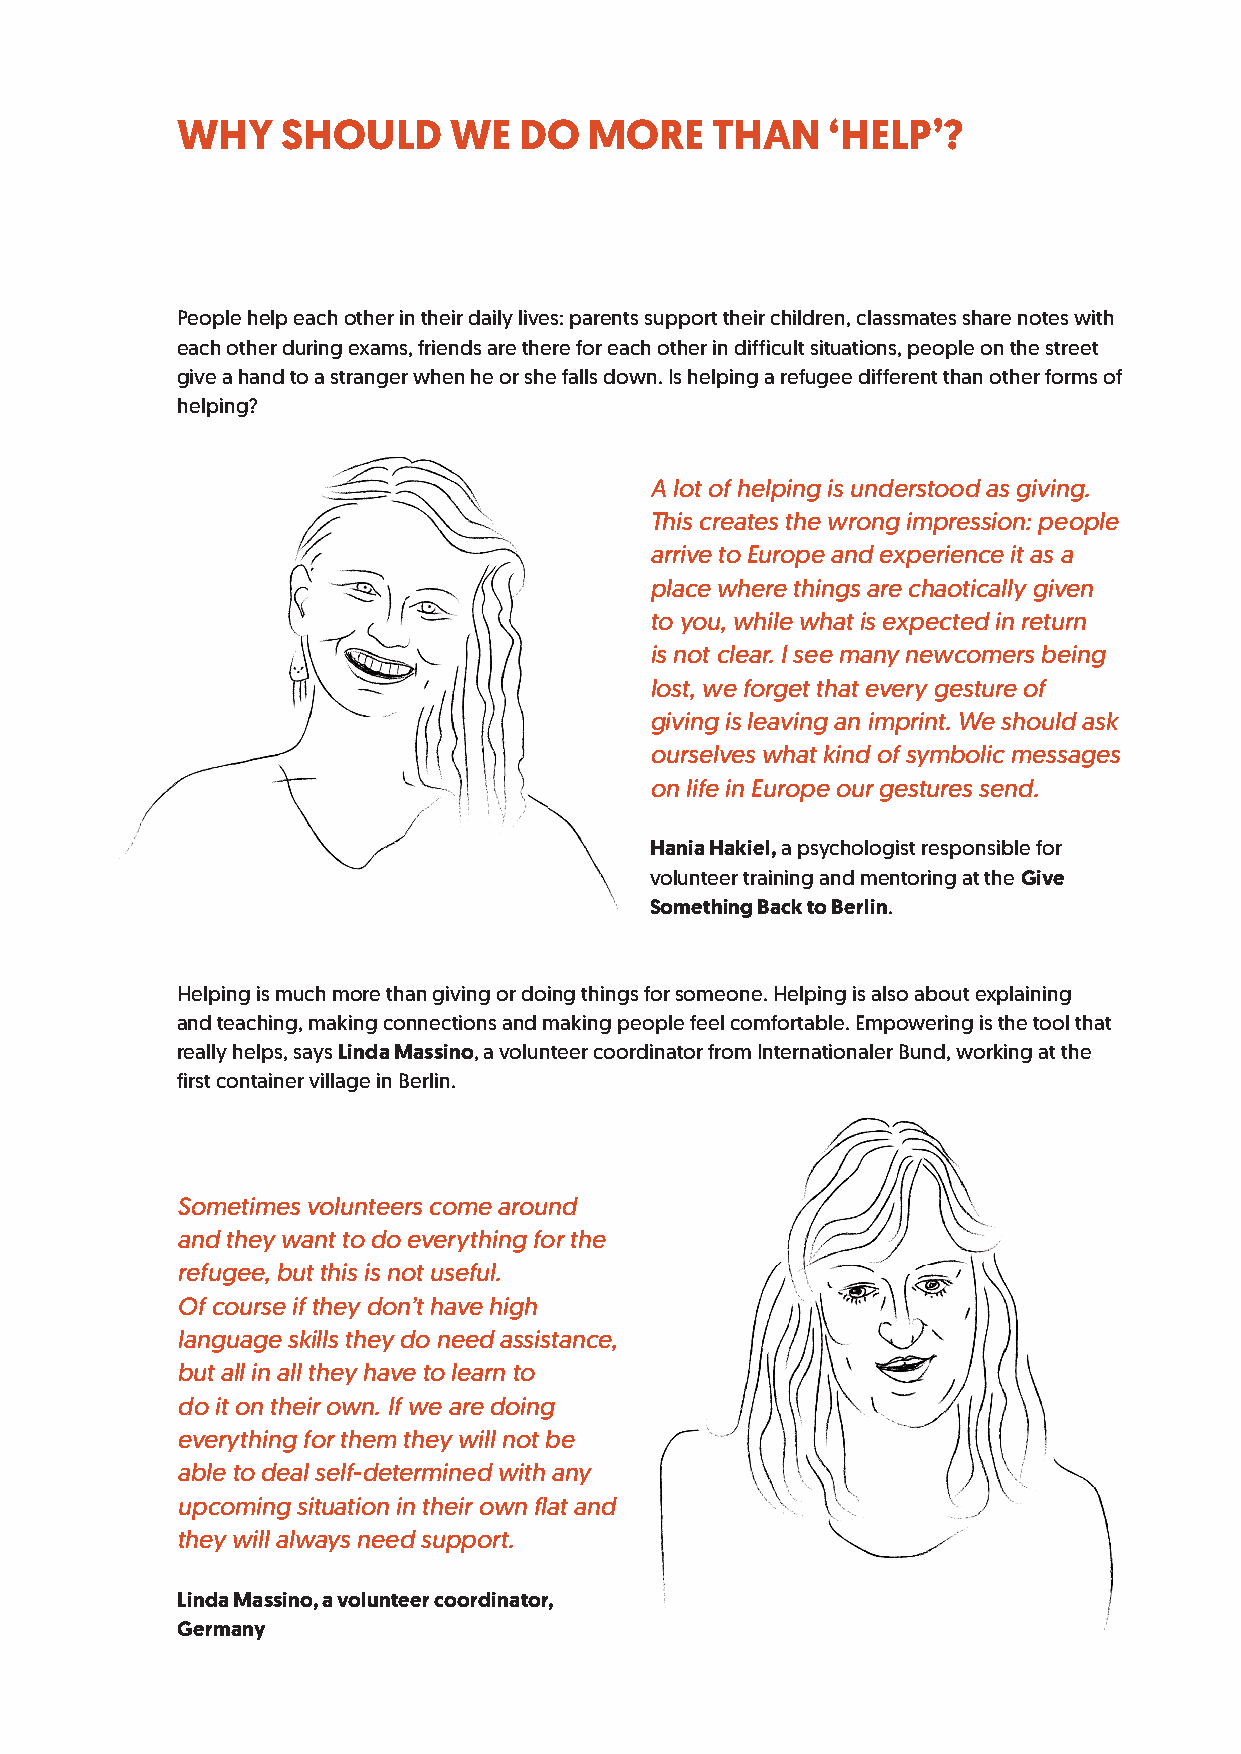
WHY    SHOULD     WE  DO   MORE    THAN    ‘HELP’?
 People help each other in their daily lives: parents support their children, classmates share notes with
 each other during exams, friends are there for each other in difficult situations, people on the street
 give a hand to a stranger when he or she falls down. Is helping a refugee different than other forms of
 helping?
 A lot of helping is understood as giving.
 This creates the wrong impression: people
 arrive to Europe and experience it as a
 place where things are chaotically given
 to you, while what is expected in return
 is not clear. I see many newcomers being
 lost, we forget that every gesture of
 giving is leaving an imprint. We should ask
 ourselves what kind of symbolic messages
 on life in Europe our gestures send.
 Hania Hakiel, a psychologist responsible for
 volunteer training and mentoring at the Give
 Something Back to Berlin.
 Helping is much more than giving or doing things for someone. Helping is also about explaining
 and teaching, making connections and making people feel comfortable. Empowering is the tool that
 really helps, says Linda Massino, a volunteer coordinator from Internationaler Bund, working at the
 first container village in Berlin.
 Sometimes volunteers come around
 and they want to do everything for the
 refugee, but this is not useful.
 Of course if they don’t have high
 language skills they do need assistance,
 but all in all they have to learn to
 do it on their own. If we are doing
 everything for them they will not be
 able to deal self-determined with any
 upcoming situation in their own flat and
 they will always need support.
 Linda Massino, a volunteer coordinator,
 Germany